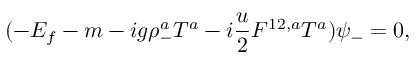
( - E _ { f } - m - i g \rho _ { - } ^ { a } { T } ^ { a } - i \frac { u } { 2 } F ^ { 1 2 , a } { T } ^ { a } ) \psi _ { - } = 0 ,